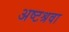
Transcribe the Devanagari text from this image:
अष्टश्रवा